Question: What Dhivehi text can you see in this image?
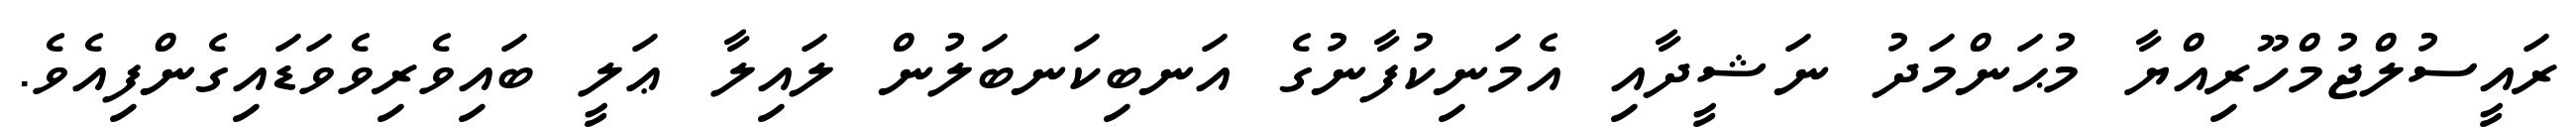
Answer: ރައީސުލްޖުމްހޫރިއްޔާ މުޙަންމަދު ނަޝީދާއި އެމަނިކުފާނުގެ އަނބިކަނބަލުން ލައިލާ ޢަލީ ބައިވެރިވެވަޑައިގެންފިއެވެ.